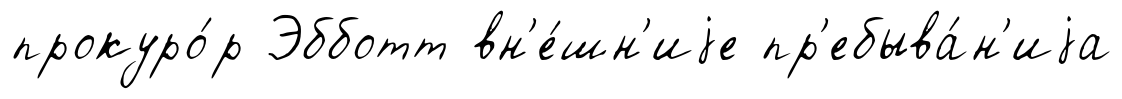
прокуро́р Эбботт вн'е́шн'иjе пр'ебыва́н'иjа